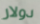
دولار